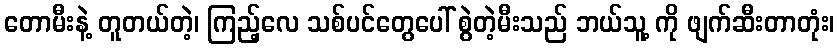
တောမီးနဲ့ တူတယ်တဲ့၊ ကြည့်လေ သစ်ပင်တွေပေါ် စွဲတဲ့မီးသည် ဘယ်သူ့ ကို ဖျက်ဆီးတာတုံး၊